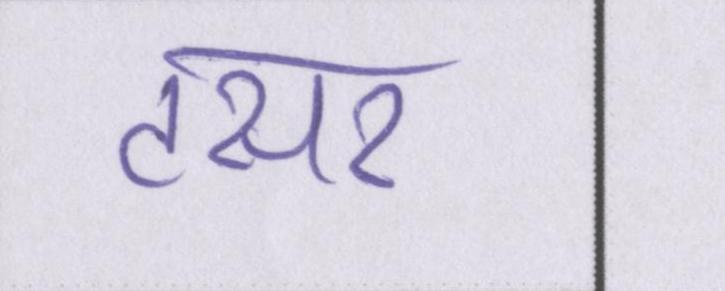
टसर